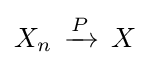
\displaystyle X_{n}\,\xrightarrow {P} \,X